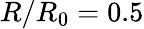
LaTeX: R/R_{0}=0.5